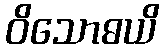
ဝိသောဓယိ